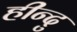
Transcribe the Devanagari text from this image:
हीन्दु